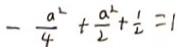
- \frac { a ^ { 2 } } { 4 } + \frac { a ^ { 2 } } { 2 } + \frac { 1 } { 2 } = 1